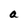
Character: a